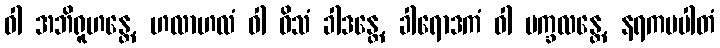
ဝါ အဘိရူဟန္တေ, ဟလာဟလံ ဝါ ဝိသံ ခါဒန္တေ, ခါရောဒကံ ဝါ ပက္ခလန္တေ, နရကပပါတံ